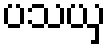
ပသယှ